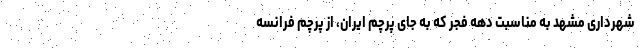
شهرداری مشهد به مناسبت دهه فجر که به جای پرچم ایران، از پرچم فرانسه